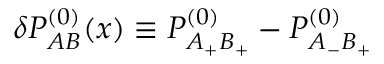
\delta P _ { A B } ^ { ( 0 ) } ( x ) \equiv P _ { A _ { + } B _ { + } } ^ { ( 0 ) } - P _ { A _ { - } B _ { + } } ^ { ( 0 ) }